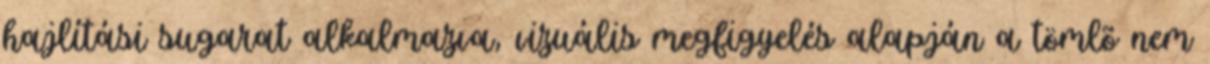
hajlítási sugarat alkalmazva, vizuális megfigyelés alapján a tömlõ nem